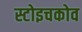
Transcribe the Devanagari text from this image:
स्टोइचकोव